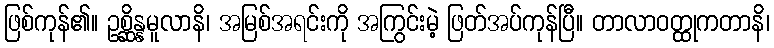
ဖြစ်ကုန်၏။ ဥစ္ဆိန္နမူလာနိ၊ အမြစ်အရင်းကို အကြွင်းမဲ့ ဖြတ်အပ်ကုန်ပြီ။ တာလာဝတ္ထုကတာနိ၊